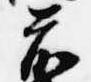
前